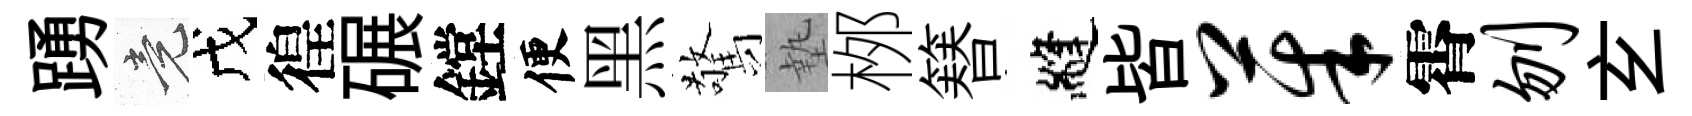
踴竟戊徨碾鏜便黑驚墊桞簮縫皆茱霄刎𤣥